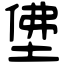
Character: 𡌅